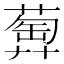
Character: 𦻦